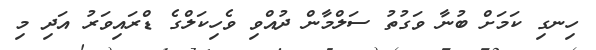
ހިނގި ކަމަށް ބުނާ ވަގުތު ސަލްމާން ދުއްވި ވެހިކަލްގެ ޑްރައިވަރު އަދި މި